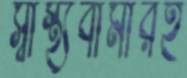
স্বাস্থ্যবীমারই